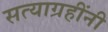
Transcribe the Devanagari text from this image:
सत्याग्रहींनी